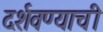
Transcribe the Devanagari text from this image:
दर्शवण्याची